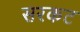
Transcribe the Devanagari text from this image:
सरकट